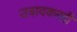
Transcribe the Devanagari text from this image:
उत्रादकरही